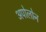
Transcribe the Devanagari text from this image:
अपोलोन